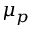
\mu _ { p }